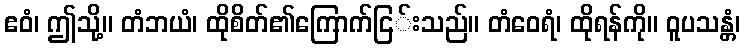
ဧဝံ၊ ဤသို့။ တံဘယံ၊ ထိုစိတ်၏ကြောက်ငြ်းသည်။ တံဝေရံ၊ ထိုရန်ကို။ ဝူပသန္တံ၊